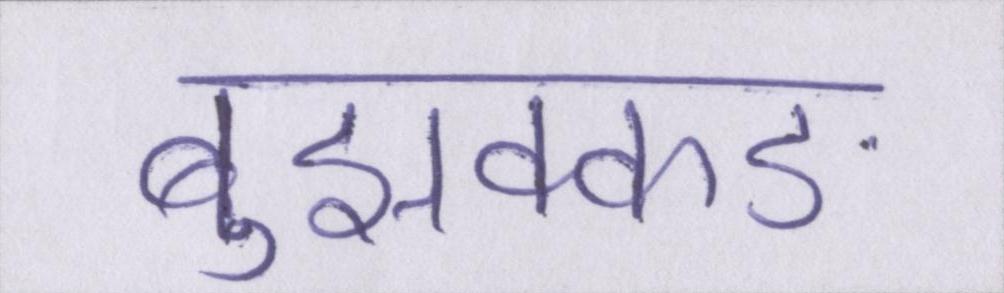
बुझक्कङ